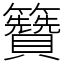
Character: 籫